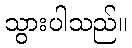
သွားပါသည်။